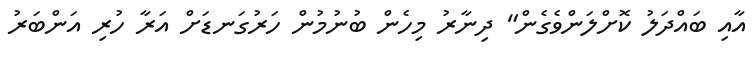
އާއި ބައްދަލު ކޮށްލަންވެގެން" ދިނާރު މިހެން ބުނުމުން ހަރުގަނޑަށް އަރާ ހުރި އަންބަރު